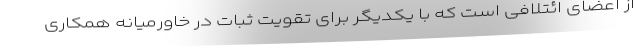
از اعضای ائتلافی است که با یکدیگر برای تقویت ثبات در خاورمیانه همکاری